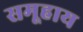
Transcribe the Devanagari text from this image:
समूहाय